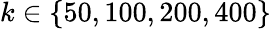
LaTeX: k\in\{ 50,100,200,400\}